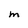
Character: M